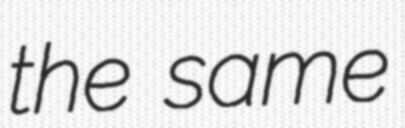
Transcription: the same